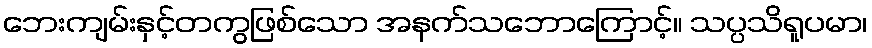
ဘေးကျမ်းနှင့်တကွဖြစ်သော အနက်သဘောကြောင့်။ သပ္ပသိရူပမာ၊